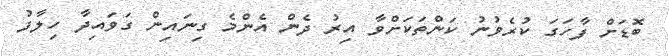
ބޮޑަށް ފާހަގަ ކުރެވުނު ކަންތަކަށްވާ އިރު ދެން އެންމެ ގިނައިން ގަވައިދާ ހިލާފު